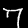
Label: 7